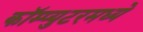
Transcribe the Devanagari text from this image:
कॉम्प्युटरमध्ये